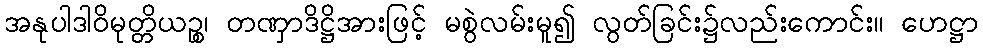
အနုပါဒါဝိမုတ္တိယဉ္စ၊ တဏှာဒိဋ္ဌိအားဖြင့် မစွဲလမ်းမူ၍ လွတ်ခြင်း၌လည်းကောင်း။ ဟေဋ္ဌာ